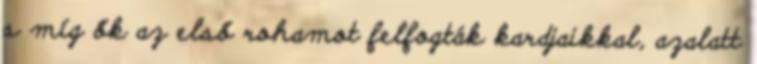
s míg ők az első rohamot felfogták kardjaikkal, azalatt